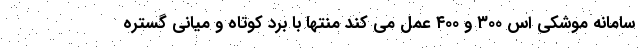
سامانه موشکی اس ۳۰۰ و ۴۰۰ عمل می کند منتها با برد کوتاه و میانی گستره